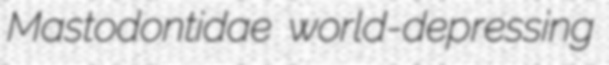
Mastodontidae world-depressing